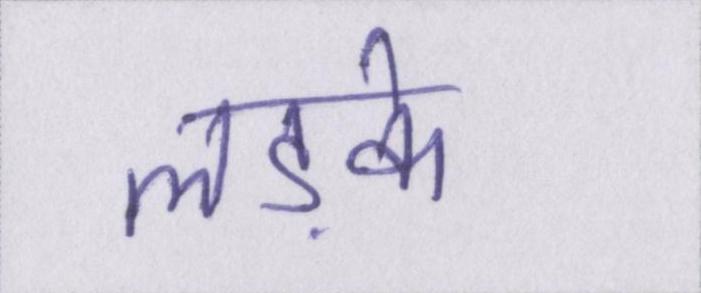
लड़के